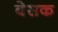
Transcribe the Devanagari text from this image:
बेसक